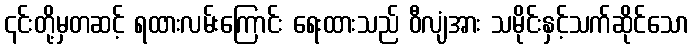
၎င်းတို့မှတဆင့် ရထားလမ်းကြောင်း ရေးထားသည် ဝီလျံအား သမိုင်းနှင့်သက်ဆိုင်သော